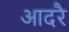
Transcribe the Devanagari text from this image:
आदरै